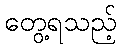
တွေ့ရသည့်